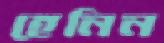
হেনিন